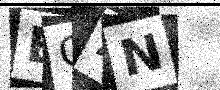
Text: BG4N